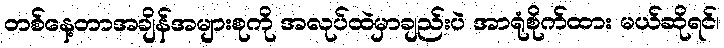
တစ်နေ့တာအချိန်အများစုကို အလုပ်ထဲမှာချည်းပဲ အာရုံစိုက်ထား မယ်ဆိုရင်၊